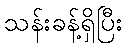
သန်းခန့်ရှိပြီး